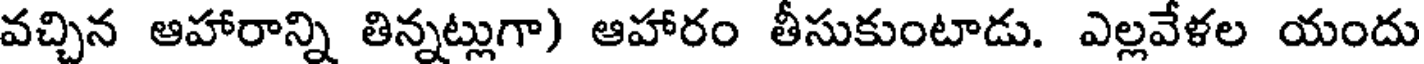
వచ్చిన ఆహారాన్ని తిన్నట్లుగా) ఆహారం తీసుకుంటాడు. ఎల్లవేళల యందు